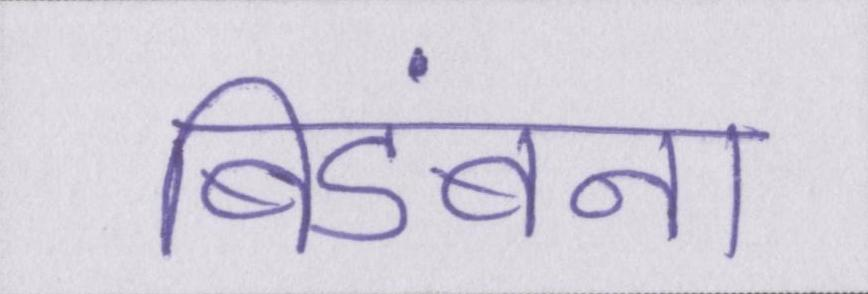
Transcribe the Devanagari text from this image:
बिडंबना